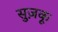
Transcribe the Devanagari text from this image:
सुज़कू